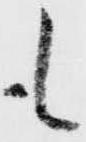
も